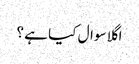
اگلا سوال کیا ہے ؟